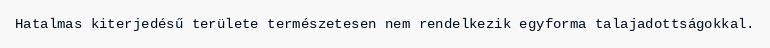
Hatalmas kiterjedésű területe természetesen nem rendelkezik egyforma talajadottságokkal.